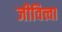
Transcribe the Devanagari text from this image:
जीवित्त्वा